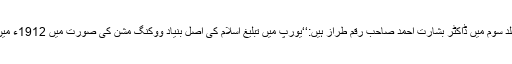
مجدّد اعظم جلد سوم میں ڈاکٹر بشارت احمد صاحب رقم طراز ہیں:‘‘یورپ میں تبلیغ اسلام کی اصل بنیاد ووکنگ مشن کی صورت میں 1912ء میں رکھی گئی۔